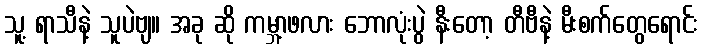
သူ့ ရာသီနဲ့ သူပဲဗျ။ အခု ဆို ကမ္ဘာ့ဖလား ဘောလုံးပွဲ နီးတော့ တီဗီနဲ့ မီးစက်တွေရောင်း